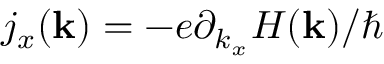
j _ { x } ( \mathbf { k } ) = - e \partial _ { k _ { x } } H ( \mathbf { k } ) / \hbar